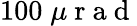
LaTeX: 100\; \mu\mathrm{~r~a~d~}